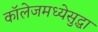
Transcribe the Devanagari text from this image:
कॉलेजमध्येसुद्धा